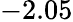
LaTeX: -2.05